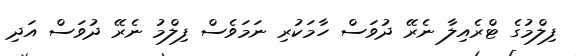
ފިލްމުގެ ޓްރެއިލާ ނެރޭ ދުވަސް ހާމަކުރި ނަމަވެސް ފިލްމު ނެރޭ ދުވަސް އަދި